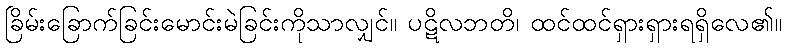
ခြိမ်းခြောက်ခြင်းမောင်းမဲခြင်းကိုသာလျှင်။ ပဋိလဘတိ၊ ထင်ထင်ရှားရှားရရှိလေ၏။